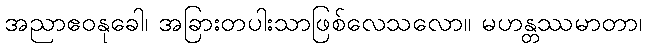
အညာဧဝနုခေါ၊ အခြားတပါးသာဖြစ်လေသလော။ မဟန္တဿမာတာ၊